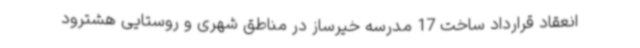
انعقاد قرارداد ساخت 17 مدرسه خیرساز در مناطق شهری و روستایی هشترود